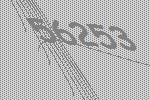
56253